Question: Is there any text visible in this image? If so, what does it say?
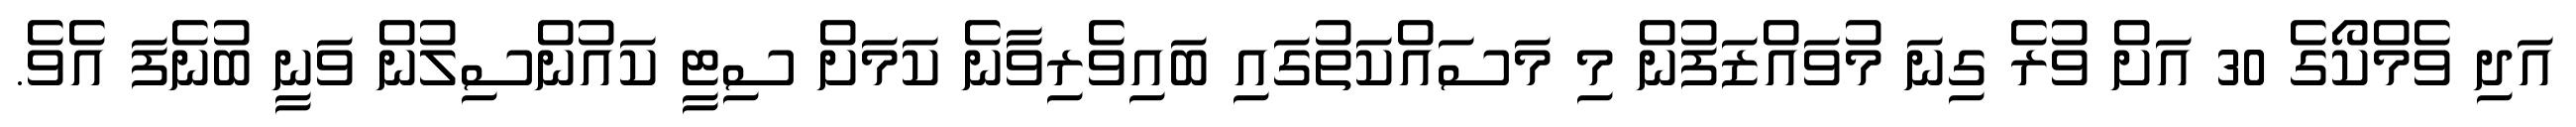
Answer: އަދި ވެމްކޯގެ 30 އަށް ވުރެ ގިނަ މުވައްޒަފުން މި މަސައްކަތުގައި ބައިވެރިވާނެ ކަމަށް ސިޓީ ކައުންސިލުން ވަނީ ބުނެފަ އެވެ.